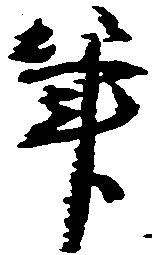
筆